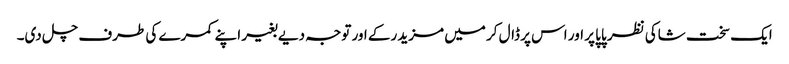
ایک سخت شاکی نظر پاپا پر اور اس پر ڈال کر میں مزید رکے اور توجہ دیے بغیر اپنے کمرے کی طرف چل دی۔